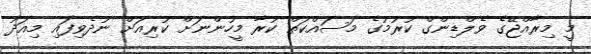
މީ މިރާއްޖޭގެ ވެލްޑިންގް ކުރުމުގެ މަސައްކަތް ކުރާ މީހުންނަށް ކުރިއަށް ނުދެވިފައި މިއަދު